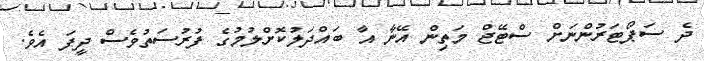
ދެ ސަޕޯޓަރުންނަށް ސްޓޭޖް މަތިން އޭނާ އާ ބައްދަލުކޮށްލުމުގެ ފުރުސަތުވެސް ދީފަ އެވެ.